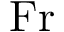
\mathrm { F r }